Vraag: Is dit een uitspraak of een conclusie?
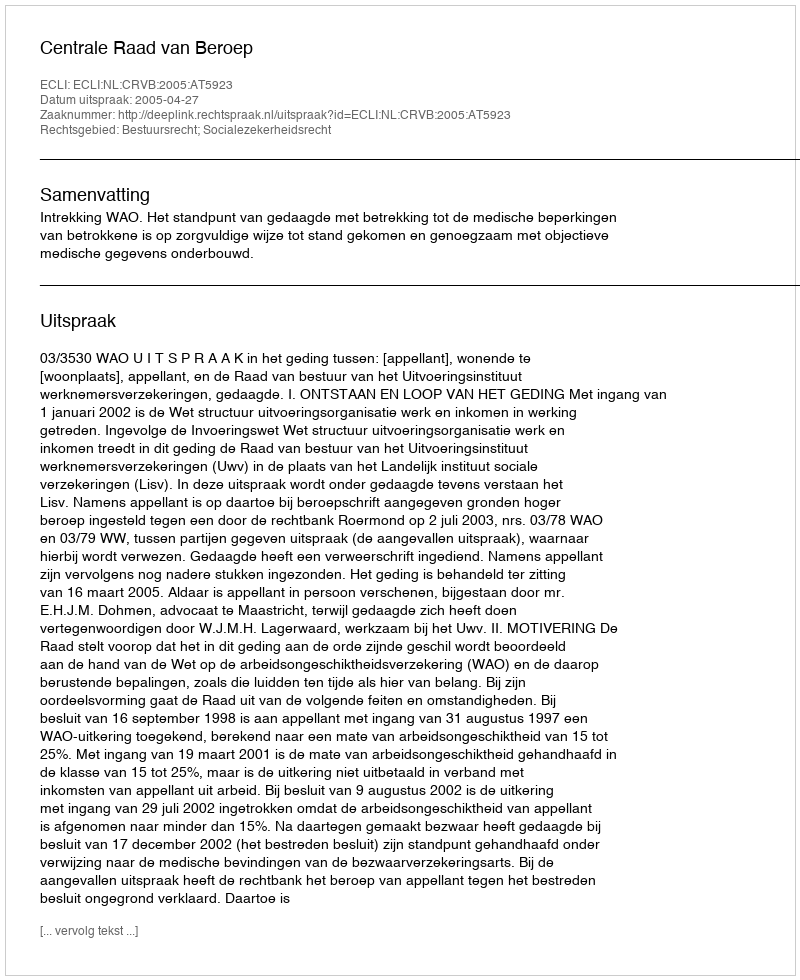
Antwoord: Uitspraak